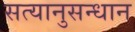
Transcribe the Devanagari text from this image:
सत्यानुसन्धान